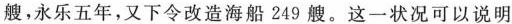
艘，永乐五年，又下令改造海船249艘。这一状况可以说明